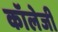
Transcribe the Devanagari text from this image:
कॉलेजी